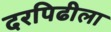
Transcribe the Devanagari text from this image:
दरपिढीला